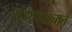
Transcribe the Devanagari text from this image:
युद्धापश्चात